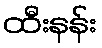
ထီးနန်း